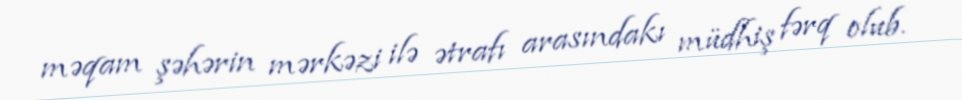
məqam şəhərin mərkəzi ilə ətrafı arasındakı müdhiş fərq olub.